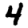
Digit: 4